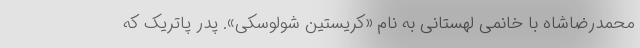
محمدرضاشاه با خانمی لهستانی به نام «کریستین شولوسکی». پدر پاتریک که